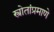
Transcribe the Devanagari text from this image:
स्त्रोतांप्रमाणे